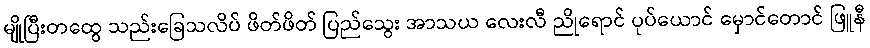
မျိုပြီးတထွေ သည်းခြေသလိပ် ဖိတ်ဖိတ် ပြည်သွေး အာသယ လေးလီ ညိုရောင် ပုပ်ယောင် မှောင်တောင် ဖြူနီ